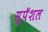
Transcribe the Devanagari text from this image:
स्पॅशल